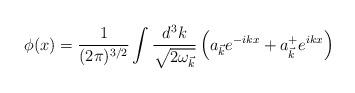
LaTeX: \begin{align*}\phi (x) = \frac {1} {(2 \pi )^{3/2}} \int \frac {d^3 k}{\sqrt{2 {\omega}_{\vec{k}}}} \left( a_{\vec{k}} e^{-ikx} + a_{\vec{k}}^{+} e^{ikx}\right)\end{align*}